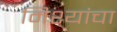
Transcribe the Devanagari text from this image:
मिश्यांचा